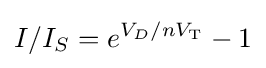
I/I_{S}=e^{V_{D}/nV_{\text{T}}}-1